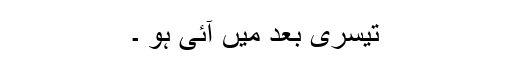
تیسری بعد میں آئی ہو ۔